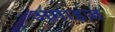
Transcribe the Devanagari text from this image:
अगाइज़